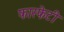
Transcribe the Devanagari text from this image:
फास्फेटी